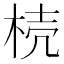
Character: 𣒆